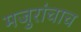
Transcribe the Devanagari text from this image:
मजुरांचाच